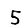
Digit: 5